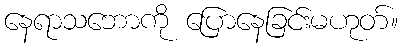
နေရာသဘောကို ပြောနေခြင်းမဟုတ်။